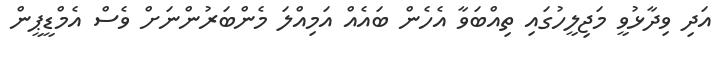
އަދި ވިދާޅުވީ މަޖިލީހުގައި ތިއްބަވާ އެހެން ބައެއް އަމިއްލަ މެންބަރުންނަށް ވެސް އެމްޑީޕީން